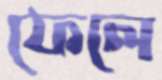
ফেলে